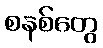
စနစ်တွေ